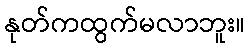
နုတ်ကထွက်မလာဘူး။